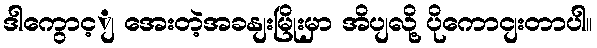
ဒါကွောင့ျ အေးတဲ့အခနျးမြိုးမှာ အိပျလို့ ပိုကောငျးတာပါ။